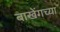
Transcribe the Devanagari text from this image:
बाखेंगच्या